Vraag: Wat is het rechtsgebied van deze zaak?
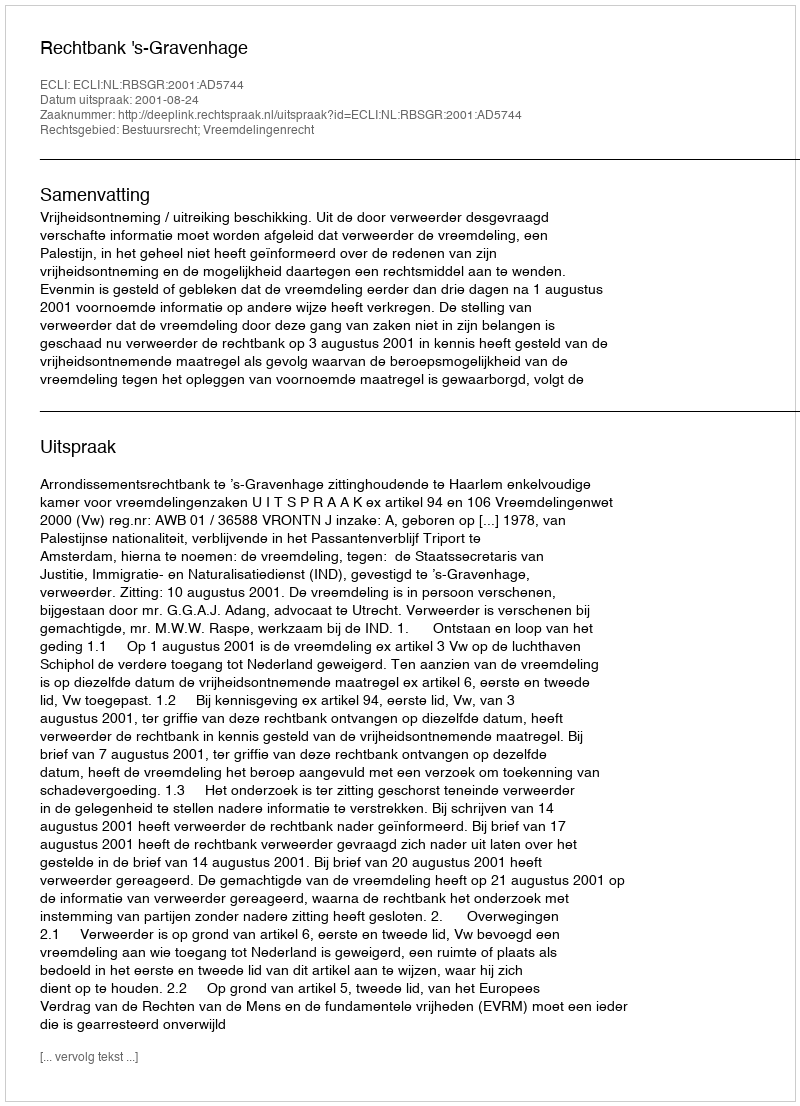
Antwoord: Bestuursrecht; Vreemdelingenrecht